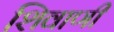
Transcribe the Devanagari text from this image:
शिवाणी